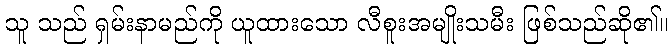
သူ သည် ရှမ်းနာမည်ကို ယူထားသော လီစူးအမျိုးသမီး ဖြစ်သည်ဆို၏။